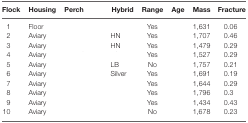
<table><thead><tr><td><b>Flock</b></td><td><b>Housing</b></td><td><b>Perch</b></td><td><b>Hybrid</b></td><td><b>Range</b></td><td><b>Age</b></td><td><b>Mass</b></td><td><b>Fracture</b></td></tr></thead><tbody><tr><td>1</td><td>Floor</td><td>[EMPTY_CELL]</td><td>[EMPTY_CELL]</td><td>Yes</td><td>[EMPTY_CELL]</td><td>1,631</td><td>0.06</td></tr><tr><td>2</td><td>Aviary</td><td>[EMPTY_CELL]</td><td>HN</td><td>Yes</td><td>[EMPTY_CELL]</td><td>1,707</td><td>0.46</td></tr><tr><td>3</td><td>Aviary</td><td>[EMPTY_CELL]</td><td>HN</td><td>Yes</td><td>[EMPTY_CELL]</td><td>1,479</td><td>0.29</td></tr><tr><td>4</td><td>Aviary</td><td>[EMPTY_CELL]</td><td>[EMPTY_CELL]</td><td>Yes</td><td>[EMPTY_CELL]</td><td>1,527</td><td>0.29</td></tr><tr><td>5</td><td>Aviary</td><td>[EMPTY_CELL]</td><td>LB</td><td>No</td><td>[EMPTY_CELL]</td><td>1,757</td><td>0.21</td></tr><tr><td>6</td><td>Aviary</td><td>[EMPTY_CELL]</td><td>Silver</td><td>Yes</td><td>[EMPTY_CELL]</td><td>1,691</td><td>0.19</td></tr><tr><td>7</td><td>Aviary</td><td>[EMPTY_CELL]</td><td>[EMPTY_CELL]</td><td>Yes</td><td>[EMPTY_CELL]</td><td>1,644</td><td>0.29</td></tr><tr><td>8</td><td>Aviary</td><td>[EMPTY_CELL]</td><td>[EMPTY_CELL]</td><td>Yes</td><td>[EMPTY_CELL]</td><td>1,796</td><td>0.3</td></tr><tr><td>9</td><td>Aviary</td><td>[EMPTY_CELL]</td><td>[EMPTY_CELL]</td><td>Yes</td><td>[EMPTY_CELL]</td><td>1,434</td><td>0.43</td></tr><tr><td>10</td><td>Aviary</td><td>[EMPTY_CELL]</td><td>[EMPTY_CELL]</td><td>No</td><td>[EMPTY_CELL]</td><td>1,678</td><td>0.23</td></tr></tbody></table>